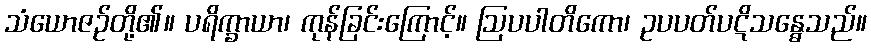
သံယောဇဉ်တို့၏။ ပရိက္ခာယာ၊ ကုန်ခြင်းကြောင့်။ ဩပပါတိကော၊ ဥပပတ်ပဋိသန္ဓေသည်။